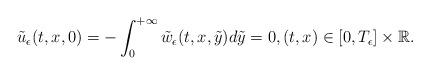
LaTeX: \begin{align*}\tilde{u}_\epsilon(t, x, 0)=-\int^{+\infty}_0 \tilde{w}_\epsilon(t, x, \tilde y) d\tilde y=0,(t, x)\in [0, T_\epsilon]\times \mathbb{R}.\end{align*}